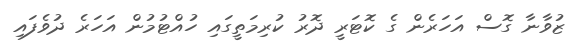
ޒުވާނާ ގޮސް އަހަރެން ގެ ކޮޓަރީ ދޮރު ކުރިމަތީގައި ހުއްޓުމުން އަހަރެ ދުވެފައި